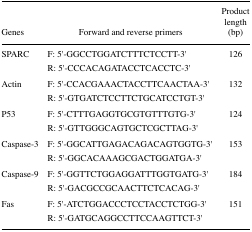
<table><thead><tr><td><b>Genes</b></td><td><b>Forward and reverse primers</b></td><td><b>Product length (bp)</b></td></tr></thead><tbody><tr><td>SPARC</td><td>F: 5′-GGCCTGGATCTTTCTCCTT-3′R: 5′-CCCACAGATACCTCACCTC-3′</td><td>126</td></tr><tr><td>Actin</td><td>F: 5′-CCACGAAACTACCTTCAACTAA-3′R: 5′-GTGATCTCCTTCTGCATCCTGT-3′</td><td>132</td></tr><tr><td>P53</td><td>F: 5′-CTTTGAGGTGCGTGTTTGTG-3′R: 5′-GTTGGGCAGTGCTCGCTTAG-3′</td><td>124</td></tr><tr><td>Caspase-3</td><td>F: 5′-GGCATTGAGACAGACAGTGGTG-3′R: 5′-GGCACAAAGCGACTGGATGA-3′</td><td>153</td></tr><tr><td>Caspase-9</td><td>F: 5′-GGTTCTGGAGGATTTGGTGATG-3′R: 5′-GACGCCGCAACTTCTCACAG-3′</td><td>184</td></tr><tr><td>Fas</td><td>F: 5′-ATCTGGACCCTCCTACCTCTGG-3′R: 5′-GATGCAGGCCTTCCAAGTTCT-3′</td><td>151</td></tr></tbody></table>